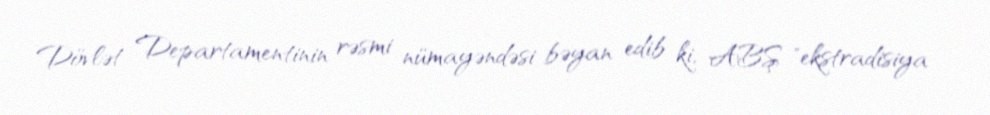
Dövlət Departamentinin rəsmi nümayəndəsi bəyan edib ki, ABŞ "ekstradisiya